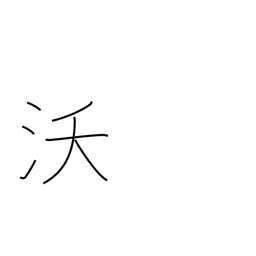
Meaning: fertility